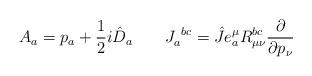
LaTeX: \begin{align*}A_a = p_a+\frac{1}{2}i\hat{D}_a \qquad J_a^{~bc} = \hat{J} e^\mu_a R_{\mu\nu}^{bc} \frac{\partial}{\partial p_\nu}\end{align*}